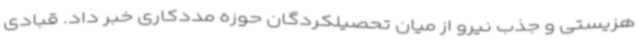
هزیستی و جذب نیرو از میان تحصیلکردگان حوزه مددکاری خبر داد. قبادی